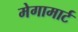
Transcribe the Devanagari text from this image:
मेगामार्ट